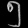
Digit: ၅